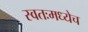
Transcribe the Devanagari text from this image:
स्वतःमध्येच